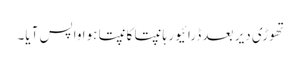
تھوڑی دیر بعد ڈرائیور ہانپتا کانپتا ہوا واپس آیا۔